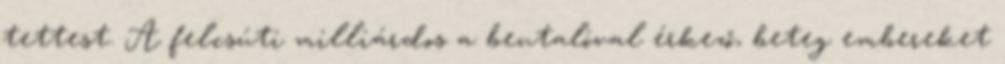
tettest. A felcsúti milliárdos a beutalóval érkező, beteg embereket